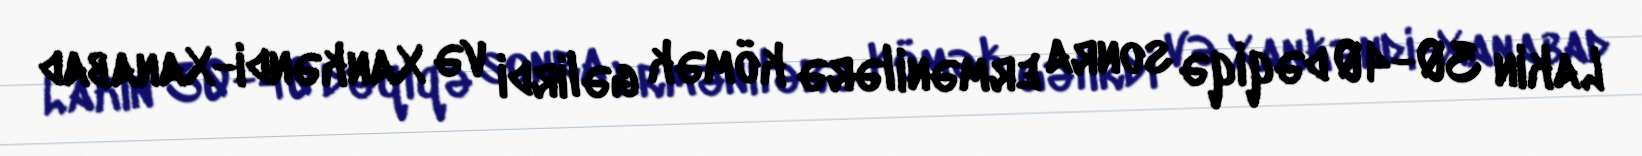
Lakin 30-40 dəqiqə sonra ermənilərə kömək gəlirdi və Xankəndi-Xanabad